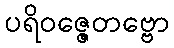
ပရိဝဇ္ဇေတဗ္ဗော